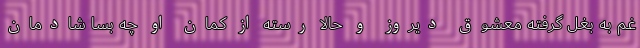
غم به بغل گرفته معشوق دیروز و حالا رَسته از کمان او چه بسا شادمان